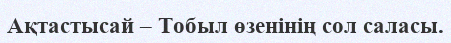
Ақтастысай – Тобыл өзенінің сол саласы.